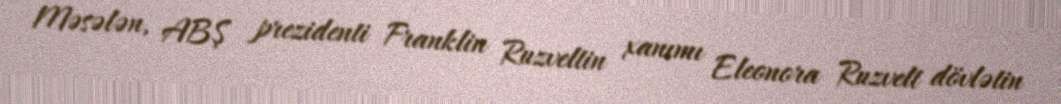
Məsələn, ABŞ prezidenti Franklin Ruzveltin xanımı Eleonora Ruzvelt dövlətin